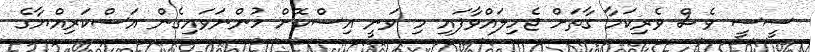
ސީސީ ވެސް ވެރިކަމާ ގާތަށް ޖެހިލައްވާފައި މި ވަނީ އިސްކޮށް ހުންނަވައިގެން އަސްކަރިއްޔާގެ